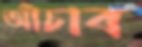
আঁচাব